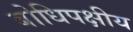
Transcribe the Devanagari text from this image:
बोधिपक्षीय